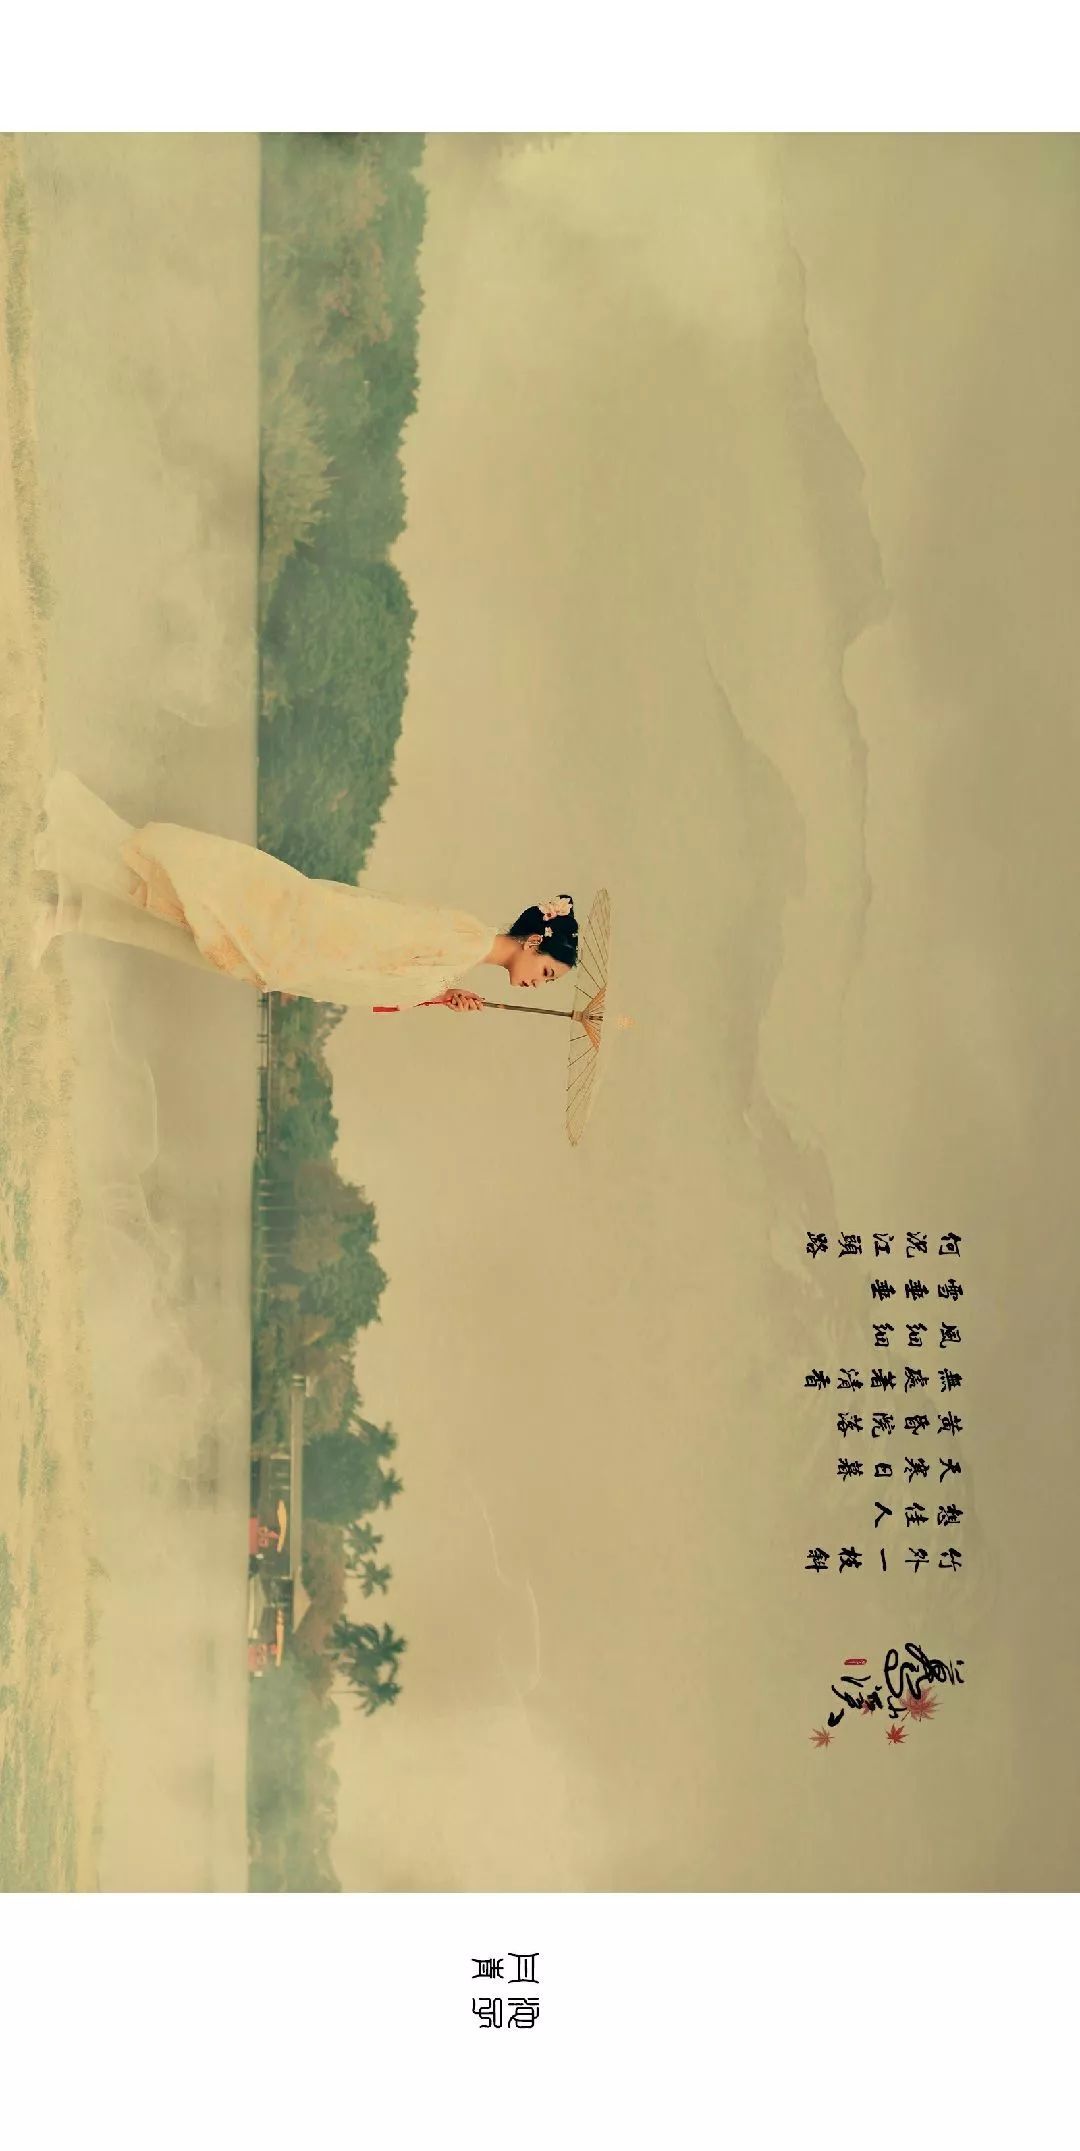
竹外一枝斜，想佳人，天寒日暮。